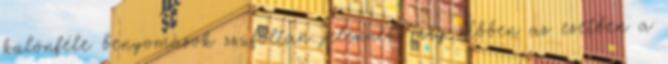
különféle benyomások zsúfoltan jelennek meg. Ebben az esetben a